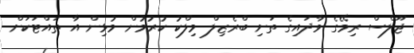
ޖޫލްސް ރިމޭގެ ވާދައިގެ ތަށި ބްރެޒިލް މިލްކު ކުރުމުން މުޅިން އާ ތައްޓަކަށް